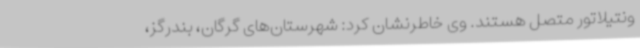
ونتیلاتور متصل هستند. وی خاطرنشان کرد: شهرستان‌های گرگان، بندرگز،